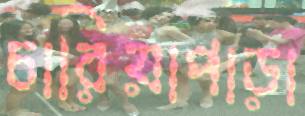
চারিয়াপাড়া